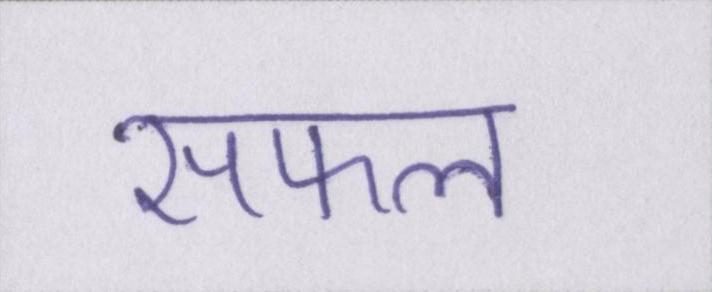
सफल